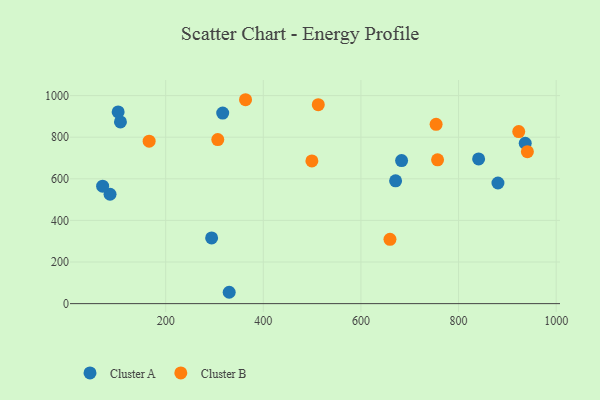
{"axis": {"x": "Study Hours", "y": "Exam Score"}, "legend": ["Cluster A", "Cluster B"], "data": [{"x": "671.0", "y": 590.3, "type": "Cluster A"}, {"x": "294.1", "y": 315.7, "type": "Cluster A"}, {"x": "880.7", "y": 579.8, "type": "Cluster A"}, {"x": "936.6", "y": 770.8, "type": "Cluster A"}, {"x": "107.3", "y": 873.4, "type": "Cluster A"}, {"x": "102.6", "y": 921.3, "type": "Cluster A"}, {"x": "683.3", "y": 687.5, "type": "Cluster A"}, {"x": "841.1", "y": 695.5, "type": "Cluster A"}, {"x": "86.0", "y": 525.7, "type": "Cluster A"}, {"x": "316.8", "y": 916.1, "type": "Cluster A"}, {"x": "70.8", "y": 564.8, "type": "Cluster A"}, {"x": "330.1", "y": 54.6, "type": "Cluster A"}, {"x": "941.0", "y": 730.2, "type": "Cluster B"}, {"x": "757.0", "y": 691.0, "type": "Cluster B"}, {"x": "754.0", "y": 861.7, "type": "Cluster B"}, {"x": "306.7", "y": 788.7, "type": "Cluster B"}, {"x": "499.5", "y": 685.7, "type": "Cluster B"}, {"x": "659.5", "y": 309.0, "type": "Cluster B"}, {"x": "363.6", "y": 980.1, "type": "Cluster B"}, {"x": "923.3", "y": 826.9, "type": "Cluster B"}, {"x": "166.1", "y": 780.7, "type": "Cluster B"}, {"x": "512.6", "y": 956.1, "type": "Cluster B"}]}